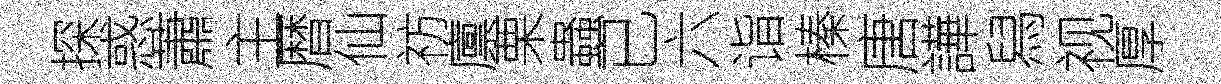
探惑蕭主暦仙祊廪栗蟲已六诣榛唐譁舄视厚